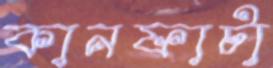
কানফাটা